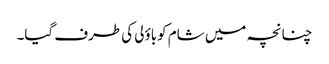
چنانچہ میں شام کوباؤلی کی طرف گیا۔